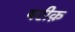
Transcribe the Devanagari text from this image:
षरीक़